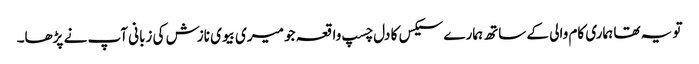
تو یہ تھا ہماری کام والی کے ساتھ ہمارے سیکس کا دل چسپ واقعہ جو میری بیوی نازش کی زبانی آپ نے پڑھا۔